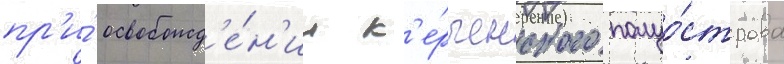
пр'и́ освобожд'е́н'ии к'е́рченского полуо́строва